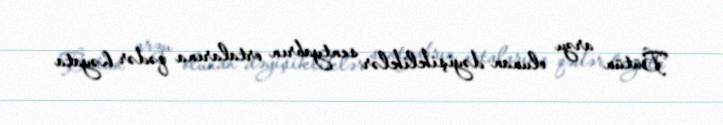
Bütün arzu olunan dəyişikliklər sentyabrın ortalarına qədər həyata